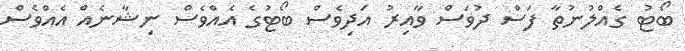
ބޯޓު ގެއްލުނުތާ ފަސް ދުވަސް ވާއިރު އަދިވެސް ބޯޓުގެ އެއްވެސް ނިޝާނެއް އެއްވެސް